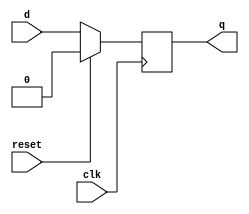
`timescale 1ns/1ps

module dff(q,d,reset,clk);

	output q;
	input d,reset,clk;
	reg q;

	always @(posedge clk)
	begin
	if(reset==1)
		q=0;
	else 
		q=d;
	end
endmodule

module testbench();

reg d;
reg clk;
reg reset;
wire q;
dff uut(q,d,reset,clk);

initial begin

$dumpfile ("sync_dff_out.vcd"); 
$dumpvars(0,testbench);

d=0;
clk=0;
reset=0;

end

always
#100 clk=~clk;

initial begin
#200 d=1;
reset=1;
#200 d=0;
reset=1;

#300
d=1;
reset=0;
#600 d=0;
#500 d=1;
#200 d=0;

end
endmodule